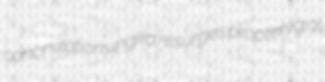
canonization ungka resurges propterygial